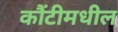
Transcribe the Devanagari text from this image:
कौंटीमधील